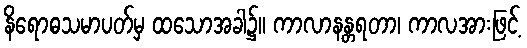
နိရောဓသမာပတ်မှ ထသောအခါ၌။ ကာလာနန္တရတာ၊ ကာလအားဖြင့်